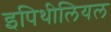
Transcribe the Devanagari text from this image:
इपिथीलियल